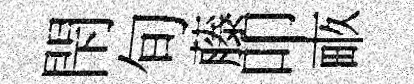
閇旬藤叩畞